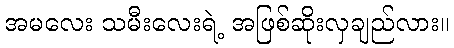
အမလေး သမီးလေးရဲ့ အဖြစ်ဆိုးလှချည်လား။